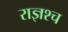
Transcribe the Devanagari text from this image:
राज्ञश्च